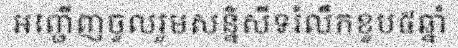
អញ្ជើញចូលរួមសន្និសីទរំលឹកខួប៥ឆ្នាំ